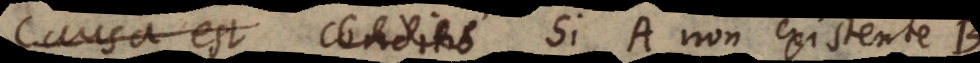
Causa est Conditio Si A non existente